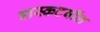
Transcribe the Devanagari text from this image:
बास्कटबॉल